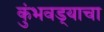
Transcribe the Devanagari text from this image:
कुंभवड्याचा